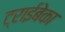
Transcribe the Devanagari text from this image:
ट्राईबेका